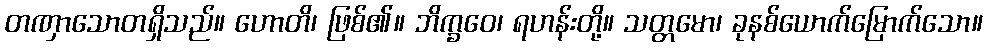
တဏှာသောတရှိသည်။ ဟောတိ၊ ဖြစ်၏။ ဘိက္ခဝေ၊ ရဟန်းတို့။ သတ္တမော၊ ခုနစ်ယောက်မြောက်သော။